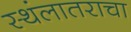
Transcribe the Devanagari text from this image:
स्थंलातराचा